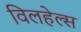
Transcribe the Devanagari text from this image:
विलहेल्स